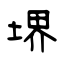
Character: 堺